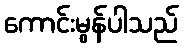
ကောင်းမွန်ပါသည်